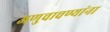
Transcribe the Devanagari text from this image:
अणुचाचण्यांना